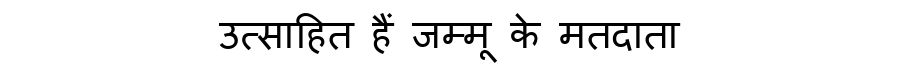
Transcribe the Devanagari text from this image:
उत्साहित हैं जम्मू के मतदाता